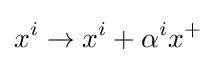
x^{i}\to x^{i}+\alpha ^{i}x^{+}